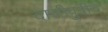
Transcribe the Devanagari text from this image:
दासीपुत्रीचे